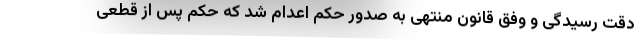
دقت رسیدگی و وفق قانون منتهی به صدور حکم اعدام شد که حکم پس از قطعی